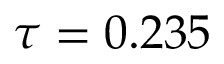
\tau = 0 . 2 3 5